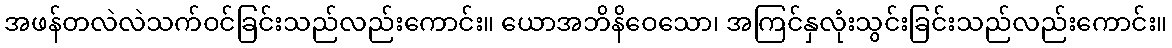
အဖန်တလဲလဲသက်ဝင်ခြင်းသည်လည်းကောင်း။ ယောအဘိနိဝေသော၊ အကြင်နှလုံးသွင်းခြင်းသည်လည်းကောင်း။